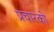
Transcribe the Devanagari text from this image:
प्रचारको